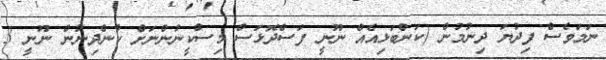
ނަމަވެސް ފިދުޔަ ދިނުމުން (ކަންބަޅިއެއް ނޫނީ ފަސްދޮޅަސް މިސްކީނުންނަށް ކާންދިނުން ނޫނީ 3